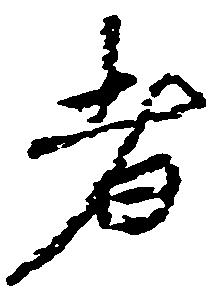
者